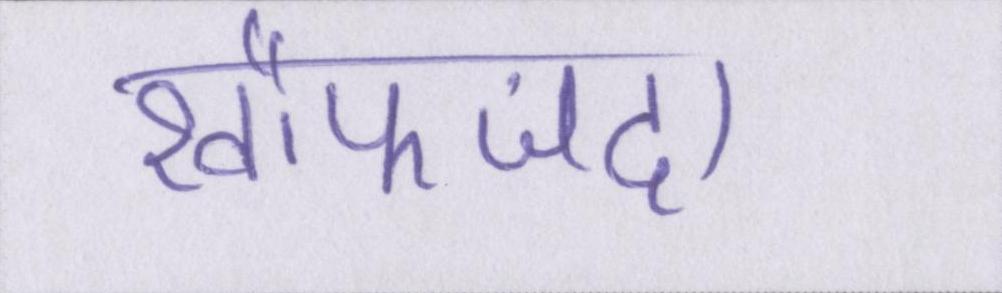
खौफजदा